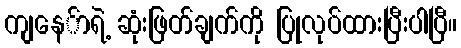
ကျနေ်ာရဲ့ ဆုံးဖြတ်ချက်ကို ပြုလုပ်ထားပြီးပါပြီ။